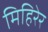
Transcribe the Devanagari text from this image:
मिहिरेर